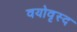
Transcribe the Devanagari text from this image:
वयोवृस्द